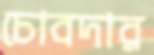
চোবদার